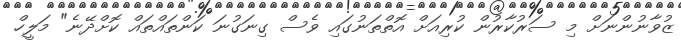
ޒުވާނުންނަށް މި ސަރުކާރުން ކުރިއަށް އޮތްތަނުގައި ވެސް ގިނަގުނަ ކަންތައްތައް ކޮށްދޭނެ" މަލީހް